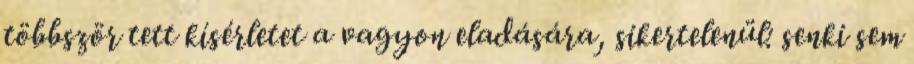
többször tett kísérletet a vagyon eladására, sikertelenül: senki sem